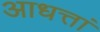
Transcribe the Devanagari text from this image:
आधत्तां